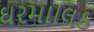
ઘરમાલિક